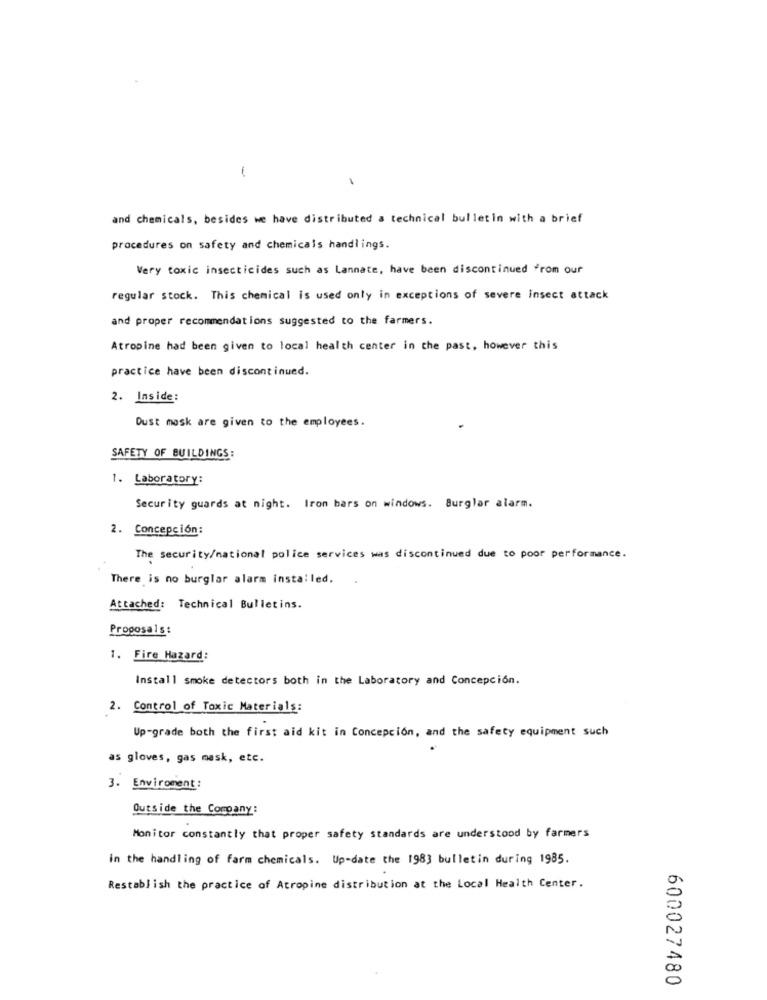
1
and chemicals, besides we have distributed a technical bulletin with a brief
procedures on safety and chemicals handlings.
Very toxic insecticides such as Lannate, have been discontinued from our
regular stock. This chemical is used only in exceptions of severe insect attack
and proper recommendations suggested to the farmers.
Atropine had been given to local health center in the past, however this
practice have been discontinued.
2. Inside:
Dust mask are given to the employees.
SAFETY OF BUILDINGS:
1. Laboratory:
Security guards at night. Iron bars on windows. Burglar alarm.
2. Concepción:
The security/national police services was discontinued due to poor performance.
There is no burglar alarm installed.
Attached: Technical Bulletins.
Proposals:
1. Fire Hazard:
Install smoke detectors both in the Laboratory and Concepción.
2. Control of Toxic Materials:
Up-grade both the first aid kit in Concepcion, and the safety equipment such
as gloves, gas mask, etc.
3. Enviroment:
Outside the Company:
Monitor constantly that proper safety standards are understood by farmers
in the handling of farm chemicals. Up-date the 1983 bulletin during 1985.
Restablish the practice of Atropine distribution at the Local Health Center.
600027480